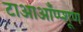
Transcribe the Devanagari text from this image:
टाआऑंप्प्शूण